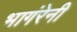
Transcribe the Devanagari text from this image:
भागंरेनी